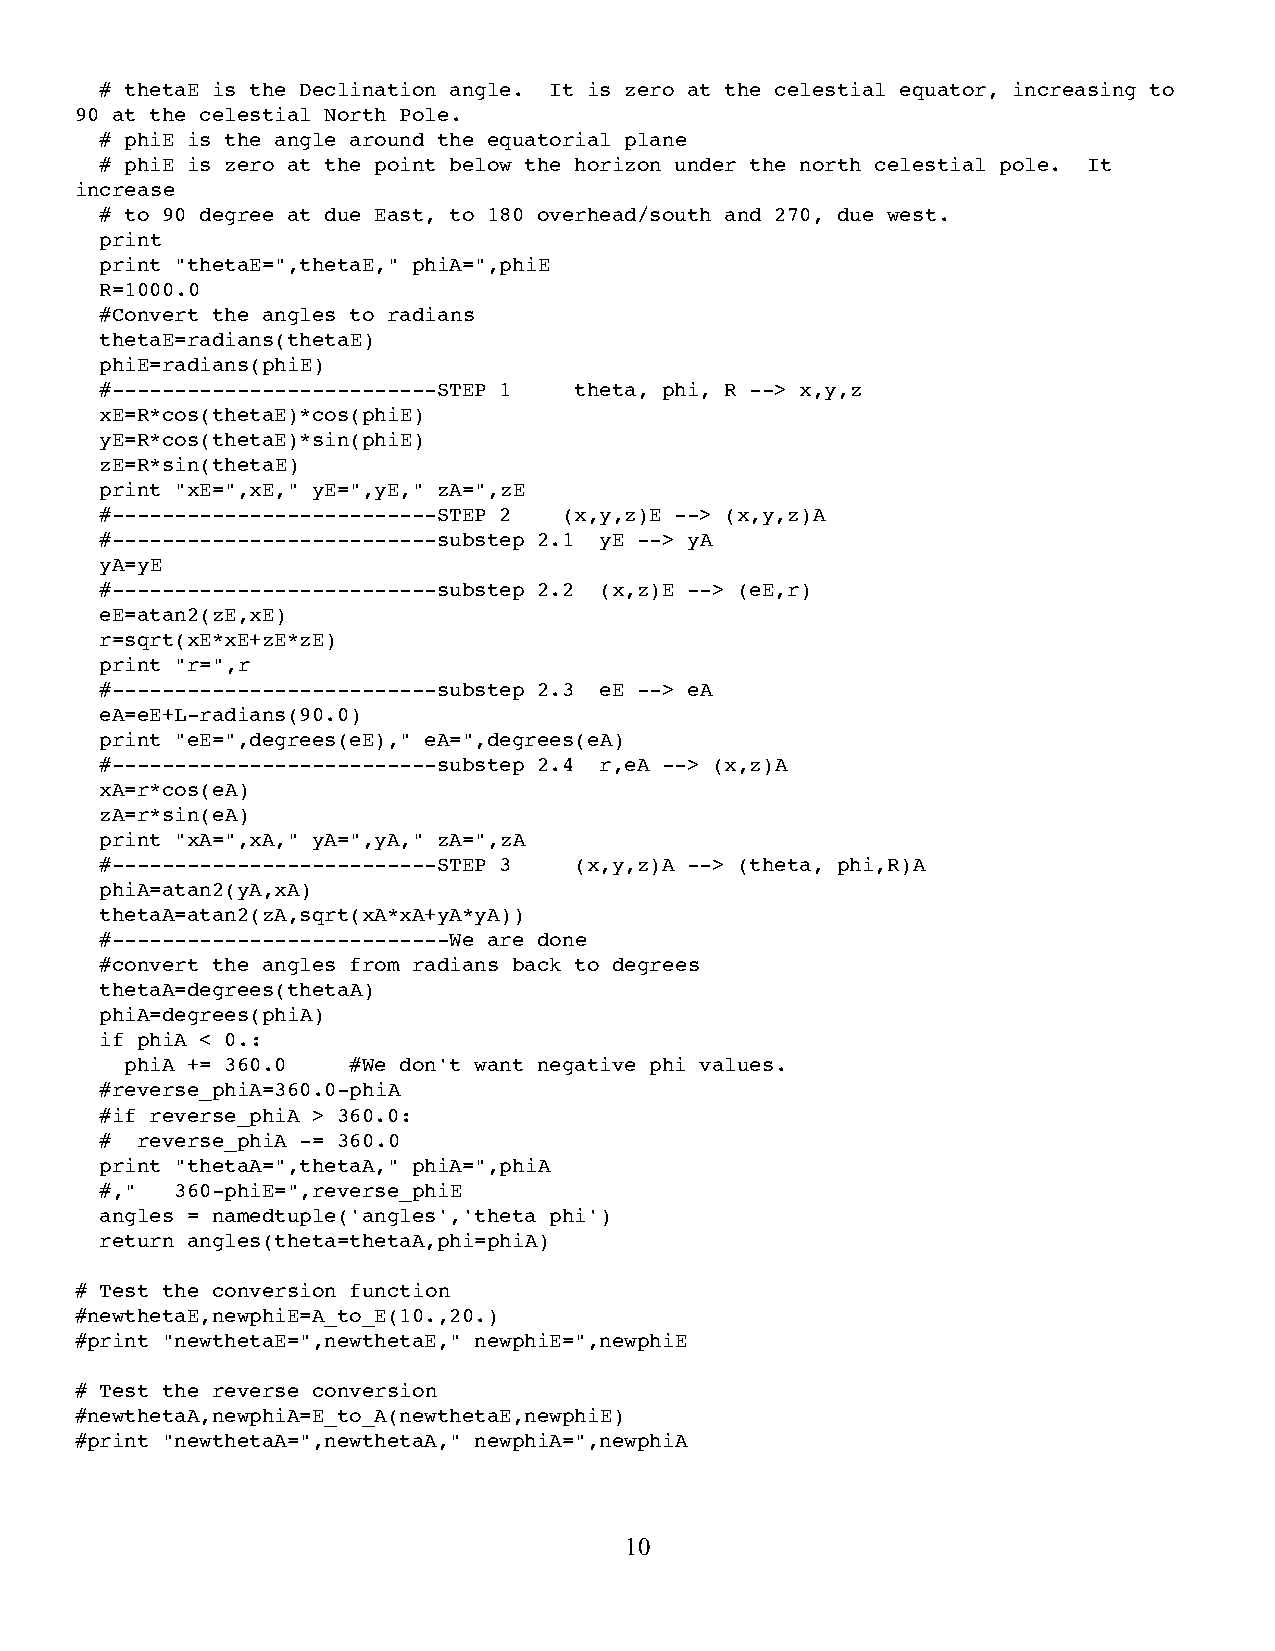
# thetaE is the Declination angle. It is zero at the celestial equator, increasing to
 90 at the celestial North Pole.
 # phiE is the angle around the equatorial plane
 # phiE is zero at the point below the horizon under the north celestial pole. It
 increase
 # to 90 degree at due East, to 180 overhead/south and 270, due west.
 print
 print "thetaE=",thetaE," phiA=",phiE
 R=1000.0
 #Convert the angles to radians
 thetaE=radians(thetaE)
 phiE=radians(phiE)
 #--------------------------STEP 1 theta, phi, R --> x,y,z
 xE=R*cos(thetaE)*cos(phiE)
 yE=R*cos(thetaE)*sin(phiE)
 zE=R*sin(thetaE)
 print "xE=",xE," yE=",yE," zA=",zE
 #--------------------------STEP 2 (x,y,z)E --> (x,y,z)A
 #--------------------------substep 2.1 yE --> yA
 yA=yE
 #--------------------------substep 2.2 (x,z)E --> (eE,r)
 eE=atan2(zE,xE)
 r=sqrt(xE*xE+zE*zE)
 print "r=",r
 #--------------------------substep 2.3 eE --> eA
 eA=eE+L-radians(90.0)
 print "eE=",degrees(eE)," eA=",degrees(eA)
 #--------------------------substep 2.4 r,eA --> (x,z)A
 xA=r*cos(eA)
 zA=r*sin(eA)
 print "xA=",xA," yA=",yA," zA=",zA
 #--------------------------STEP 3 (x,y,z)A --> (theta, phi,R)A
 phiA=atan2(yA,xA)
 thetaA=atan2(zA,sqrt(xA*xA+yA*yA))
 #---------------------------We are done
 #convert the angles from radians back to degrees
 thetaA=degrees(thetaA)
 phiA=degrees(phiA)
 if phiA < 0.:
 phiA += 360.0  #We don't want negative phi values.
 #reverse_phiA=360.0-phiA
 #if reverse_phiA > 360.0:
 # reverse_phiA -= 360.0
 print "thetaA=",thetaA," phiA=",phiA
 #,"  360-phiE=",reverse_phiE
 angles = namedtuple('angles','theta phi')
 return angles(theta=thetaA,phi=phiA)
 # Test the conversion function
 #newthetaE,newphiE=A_to_E(10.,20.)
 #print "newthetaE=",newthetaE," newphiE=",newphiE
 # Test the reverse conversion
 #newthetaA,newphiA=E_to_A(newthetaE,newphiE)
 #print "newthetaA=",newthetaA," newphiA=",newphiA
 10